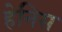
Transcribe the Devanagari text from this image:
हेनिस